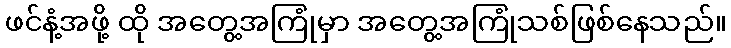
ဖင်နံ့အဖို့ ထို အတွေ့အကြုံမှာ အတွေ့အကြုံသစ်ဖြစ်နေသည်။